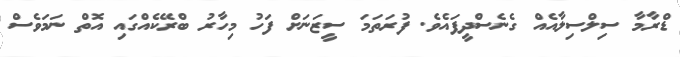
ޑްރާމާ ސިލްސިލާއެއް ގެނެސްދީފައެވެ. ފުރަތަމަ ސީޒަނަށް ފަހު މިހާރު ބްރޭކެއްގައި އޮތް ނަމަވެސް